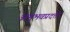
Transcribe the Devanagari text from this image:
अनुभवप्रदत्तों